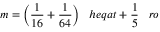
m = { \bigg ( } { \frac { 1 } { 1 6 } } + { \frac { 1 } { 6 4 } } { \bigg ) } \; \; \; h e q a t + { \frac { 1 } { 5 } } \; \; \; r o